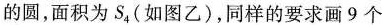
的圆，面积为S_{4}(如图乙)，同样的要求画9个